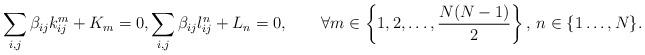
LaTeX: \begin{align*}\sum_{i,j}\beta_{ij}k_{ij}^m+K_m=0,\sum_{i,j}\beta_{ij}l_{ij}^{n}+L_n=0,\qquad\forall m\in\left\{1,2,\ldots,\frac{N(N-1)}{2}\right\},\, n\in\{1\ldots,N\}.\end{align*}